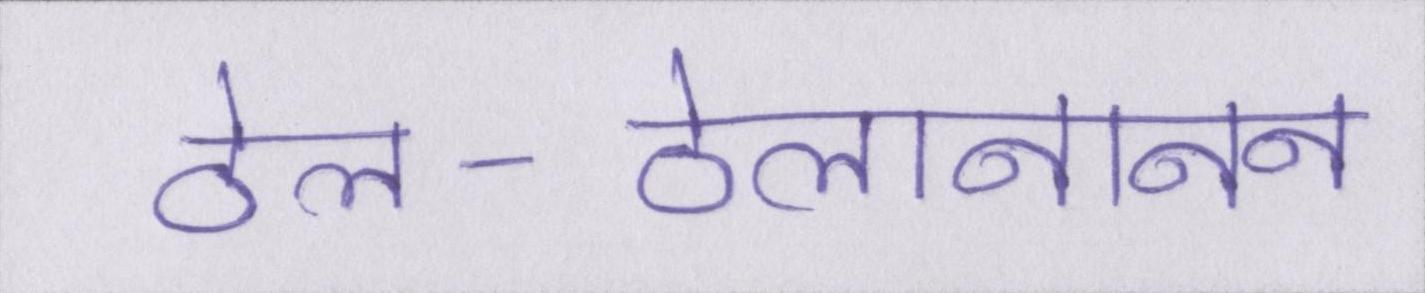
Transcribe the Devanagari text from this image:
ठेल-ठेलानानन